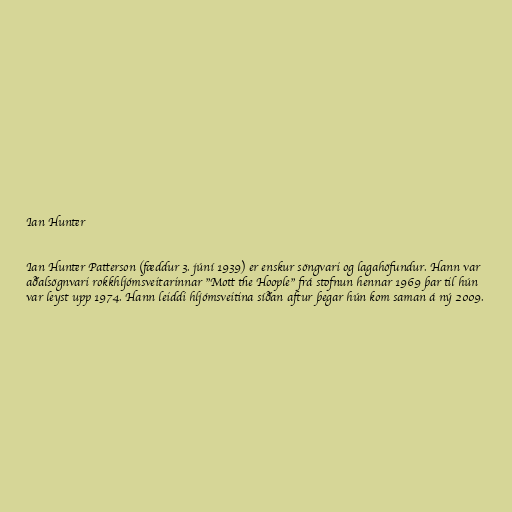
Ian Hunter

Ian Hunter Patterson (fæddur 3. júní 1939) er enskur söngvari og lagahöfundur. Hann var
aðalsögnvari rokkhljómsveitarinnar "Mott the Hoople" frá stofnun hennar 1969 þar til hún
var leyst upp 1974. Hann leiddi hljómsveitina síðan aftur þegar hún kom saman á ný 2009.